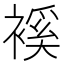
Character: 䙎